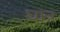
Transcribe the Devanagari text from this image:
घात्र